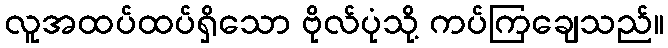
လူအထပ်ထပ်ရှိသော ဗိုလ်ပုံသို့ ကပ်ကြချေသည်။